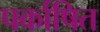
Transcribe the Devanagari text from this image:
पर्काषित